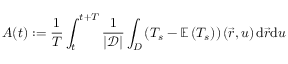
A ( t ) : = \frac { 1 } { T } \int _ { t } ^ { t + T } \frac { 1 } { \mathcal { \left| D \right| } } \int _ { D } \left( T _ { s } - \mathbb { E } \left( T _ { s } \right) \right) ( \vec { r } , u ) \, \mathrm { d } \vec { r } \mathrm { d } u